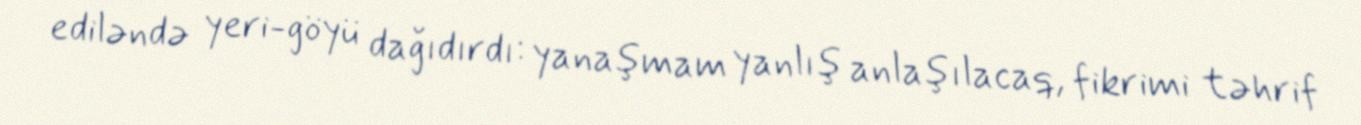
ediləndə yeri-göyü dağıdırdı: yanaşmam yanlış anlaşılacaq, fikrimi təhrif